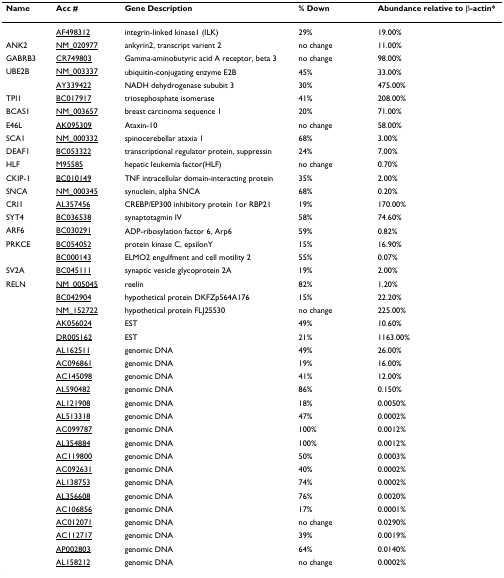
<table><thead><tr><td><b>Name</b></td><td><b>Acc #</b></td><td><b>Gene Description</b></td><td><b>% Down</b></td><td><b>Abundance relative to β-actin*</b></td></tr></thead><tbody><tr><td></td><td>AF498312</td><td>integrin-linked kinase1 (ILK)</td><td>29%</td><td>19.00%</td></tr><tr><td>ANK2</td><td>NM_020977</td><td>ankyrin2, transcript varient 2</td><td>no change</td><td>11.00%</td></tr><tr><td>GABRB3</td><td>CR749803</td><td>Gamma-aminobutyric acid A receptor, beta 3</td><td>no change</td><td>98.00%</td></tr><tr><td>UBE2B</td><td>NM_003337</td><td>ubiquitin-conjugating enzyme E2B</td><td>45%</td><td>33.00%</td></tr><tr><td></td><td>AY339422</td><td>NADH dehydrogenase sububit 3</td><td>30%</td><td>475.00%</td></tr><tr><td>TPI1</td><td>BC017917</td><td>triosephosphate isomerase</td><td>41%</td><td>208.00%</td></tr><tr><td>BCAS1</td><td>NM_003657</td><td>breast carcinoma sequence 1</td><td>20%</td><td>71.00%</td></tr><tr><td>E46L</td><td>AK095309</td><td>Ataxin-10</td><td>no change</td><td>58.00%</td></tr><tr><td>SCA1</td><td>NM_000332</td><td>spinocerebellar ataxia 1</td><td>68%</td><td>3.00%</td></tr><tr><td>DEAF1</td><td>BC053322</td><td>transcriptional regulator protein, suppressin</td><td>24%</td><td>7.00%</td></tr><tr><td>HLF</td><td>M95585</td><td>hepatic leukemia factor(HLF)</td><td>no change</td><td>0.70%</td></tr><tr><td>CKIP-1</td><td>BC010149</td><td>TNF intracellular domain-interacting protein</td><td>35%</td><td>2.00%</td></tr><tr><td>SNCA</td><td>NM_000345</td><td>synuclein, alpha SNCA</td><td>68%</td><td>0.20%</td></tr><tr><td>CRI1</td><td>AL357456</td><td>CREBP/EP300 inhibitory protein 1or RBP21</td><td>19%</td><td>170.00%</td></tr><tr><td>SYT4</td><td>BC036538</td><td>synaptotagmin IV</td><td>58%</td><td>74.60%</td></tr><tr><td>ARF6</td><td>BC030291</td><td>ADP-ribosylation factor 6, Arp6</td><td>59%</td><td>0.82%</td></tr><tr><td>PRKCE</td><td>BC054052</td><td>protein kinase C, epsilonY</td><td>15%</td><td>16.90%</td></tr><tr><td></td><td>BC000143</td><td>ELMO2 engulfment and cell motility 2</td><td>55%</td><td>0.07%</td></tr><tr><td>SV2A</td><td>BC045111</td><td>synaptic vesicle glycoprotein 2A</td><td>19%</td><td>2.00%</td></tr><tr><td>RELN</td><td>NM_005045</td><td>reelin</td><td>82%</td><td>1.20%</td></tr><tr><td></td><td>BC042904</td><td>hypothetical protein DKFZp564A176</td><td>15%</td><td>22.20%</td></tr><tr><td></td><td>NM_152722</td><td>hypothetical protein FLJ25530</td><td>no change</td><td>225.00%</td></tr><tr><td></td><td>AK056024</td><td>EST</td><td>49%</td><td>10.60%</td></tr><tr><td></td><td>DR005162</td><td>EST</td><td>21%</td><td>1163.00%</td></tr><tr><td></td><td>AL162511</td><td>genomic DNA</td><td>49%</td><td>26.00%</td></tr><tr><td></td><td>AC096861</td><td>genomic DNA</td><td>19%</td><td>16.00%</td></tr><tr><td></td><td>AC145098</td><td>genomic DNA</td><td>41%</td><td>12.00%</td></tr><tr><td></td><td>AL590482</td><td>genomic DNA</td><td>86%</td><td>0.150%</td></tr><tr><td></td><td>AL121908</td><td>genomic DNA</td><td>18%</td><td>0.0050%</td></tr><tr><td></td><td>AL513318</td><td>genomic DNA</td><td>47%</td><td>0.0002%</td></tr><tr><td></td><td>AC099787</td><td>genomic DNA</td><td>100%</td><td>0.0012%</td></tr><tr><td></td><td>AL354884</td><td>genomic DNA</td><td>100%</td><td>0.0012%</td></tr><tr><td></td><td>AC119800</td><td>genomic DNA</td><td>50%</td><td>0.0003%</td></tr><tr><td></td><td>AC092631</td><td>genomic DNA</td><td>40%</td><td>0.0002%</td></tr><tr><td></td><td>AL138753</td><td>genomic DNA</td><td>74%</td><td>0.0002%</td></tr><tr><td></td><td>AL356608</td><td>genomic DNA</td><td>76%</td><td>0.0020%</td></tr><tr><td></td><td>AC106856</td><td>genomic DNA</td><td>17%</td><td>0.0001%</td></tr><tr><td></td><td>AC012071</td><td>genomic DNA</td><td>no change</td><td>0.0290%</td></tr><tr><td></td><td>AC112717</td><td>genomic DNA</td><td>39%</td><td>0.0019%</td></tr><tr><td></td><td>AP002803</td><td>genomic DNA</td><td>64%</td><td>0.0140%</td></tr><tr><td></td><td>AL158212</td><td>genomic DNA</td><td>no change</td><td>0.0002%</td></tr></tbody></table>